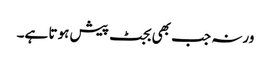
ورنہ جب بھی بجٹ پیش ہوتا ہے۔